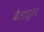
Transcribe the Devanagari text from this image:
बैलाडूल